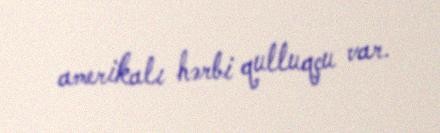
amerikalı hərbi qulluqçu var.